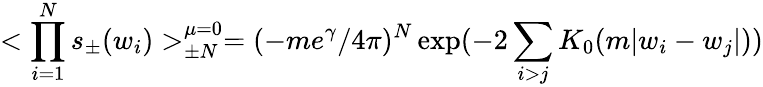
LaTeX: <\prod_{i=1}^{N}s_{\pm}(w_{i})>_{\pm N}^{\mu=0}=(-me^{\gamma}/4\pi)^{N}\exp(-2\sum_{i>j}K_{0}(m\vert w_{i}-w_{j}\vert))